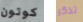
كوتون تذكر